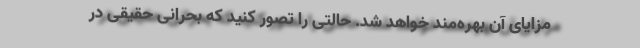
مزایای آن بهره‌مند خواهد شد. حالتی را تصور کنید که بحرانی حقیقی در